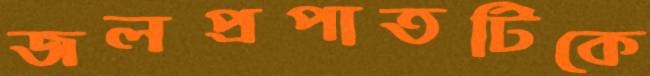
জলপ্রপাতটিকে